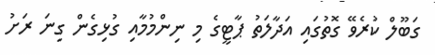
ގަބޫލް ކުރެވޭ ގޮތުގައި އަދާލަތު ޕާޓީގެ މި ނިންމުމާއި ގުޅިގެން ގިނަ ރަށު